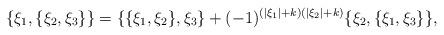
LaTeX: \begin{align*} \{\xi_1,\{\xi_2,\xi_3\}\} = \{\{\xi_1,\xi_2\},\xi_3\} + (-1)^{(|\xi_1|+k)(|\xi_2|+k)}\{\xi_2,\{\xi_1,\xi_3\}\},\end{align*}